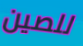
للصين